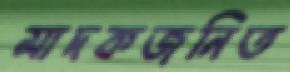
মাদকজনিত